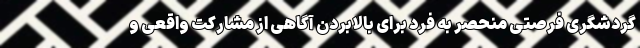
گردشگری فرصتی منحصر به فرد برای بالابردن آگاهی از مشارکت واقعی و